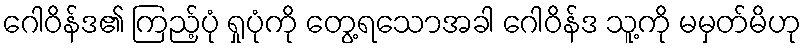
ဂေါဝိန်ဒ၏ ကြည့်ပုံ ရှုပုံကို တွေ့ရသောအခါ ဂေါဝိန်ဒ သူ့ကို မမှတ်မိဟု